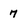
Character: 7